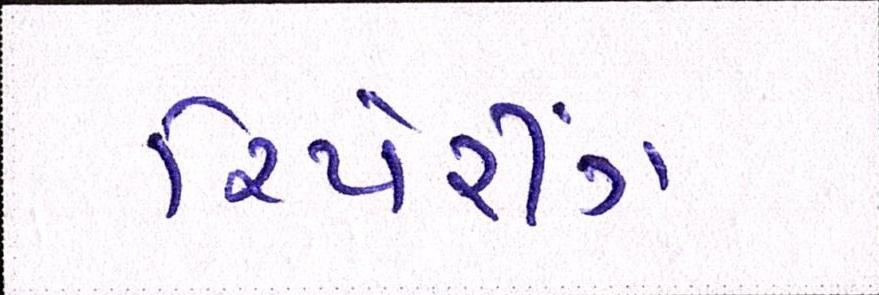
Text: રિપેરીંગ